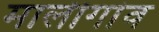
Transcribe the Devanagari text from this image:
मालीगांव